Report of the Municipal Commissioner on the plague in Bombay for the year ending 31st May... - Volume 2
Disease focus: Plague
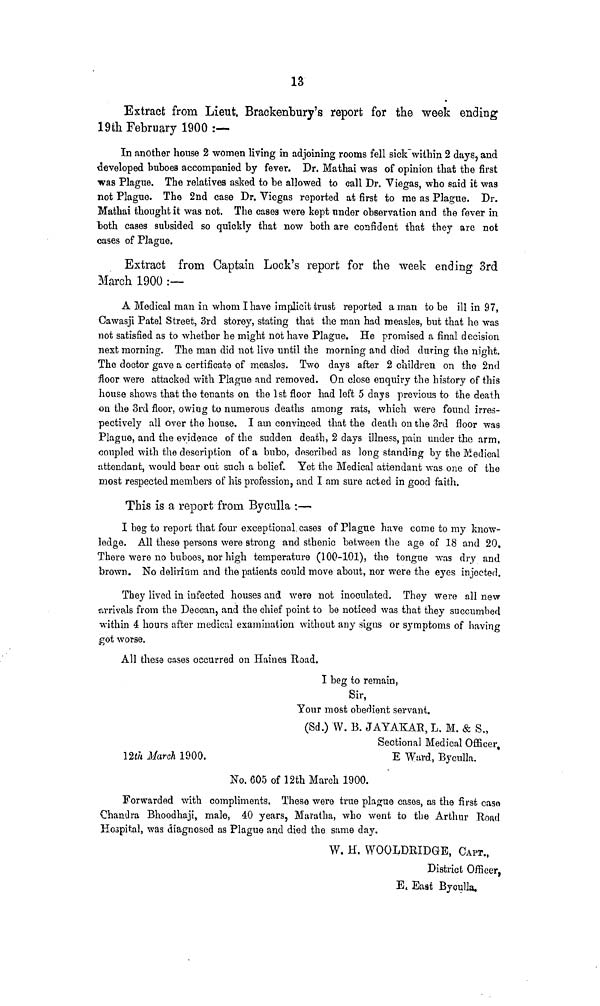
13
Extract from Lieut. Brackenbury's report for the week ending
19th February 1900 :—
In another house 2 women living in adjoining rooms fell sick~within 2 days, and
developed buboes accompanied by fever. Dr. Mathai was of opinion that the first
was Plague. The relatives asked to be allowed to call Dr. Yiegas, who said it was
not Plague. The 2nd case Dr. Viegas reported at first to me as Plague. Dr.
Mathai thought it was not. The cases were kept nnder observation and the fever in
toth cases subsided so quickly that now both are confident that they are not
cases of Plague.
Extract from Captain Lock's report for the week ending 3rd
March 1900 :—
A Medical man in whom I have implicit trust reported a man to be ill in 97,
Cawasji Patel Street, 3rd storey, stating that the man had measles, but that he was
not satisfied as to whether he might not have Plague. He promised a final decision
next morning. The man did not live until the morning and died during the night.
The doctor gave a certificate of measles. Two days after 2 children on the 2nd
floor were attacked with Plague and removed. On close enquiry the history of this
house shows that the tenants on the 1st floor had left 5 days previous to the death
on the 3rd floor, owing to numerous deaths among rats, which were found irres-
pectively all over the house. I ain convinced that the death on the 3rd floor was
Plague, and the evidence of the sudden death, 2 days illness, pain under the arm,
coupled with the description of a bubo, described as long standing by the Medical
attendant, would bear out such a belief. Yet the Medical attendant was one of the
most respected members of his profession, and I am sure acted in good faith.
This is a report from Bycnlla :—
I beg to report that four exceptional, cases of Plague have come to my know-
ledge. All these persons were strong and sthenic between the age of 18 and 20,
There were no buboes, nor high temperature (100-101), the tongue was dry and
brown. No delirium and the patients could move about, nor were the eyes injected.
They lived in infected houses and were not inoculated. They were all new
arrivals from the Deccan, and the chief point to be noticed was that they succumbed
within 4 hours after medical examination without any signs or symptoms of having
got worse.
All these cases occurred on Haines Road.
I beg to remain,
Sir,
Your most obedient servant.
(Sd.) W. B. JAYAKAR, L, M. & S.,
Sectional Medical Officer
12*/. March 1900.
E Ward, Byculla.
No. 605 of 12th March 1900.
Forwarded with compliments. These were true plague cases, as the first caso
Chandra Bhoodhaji, male, 40 years, Maratha, who went to the Arthur Road
Hospital, was diagnosed as Plague and died the same day.
W. H. WOOLDBIDGB, CAPT.,
District Officer,
E. East Byoulla.